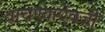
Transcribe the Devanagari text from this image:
वाचण्याऐवजी